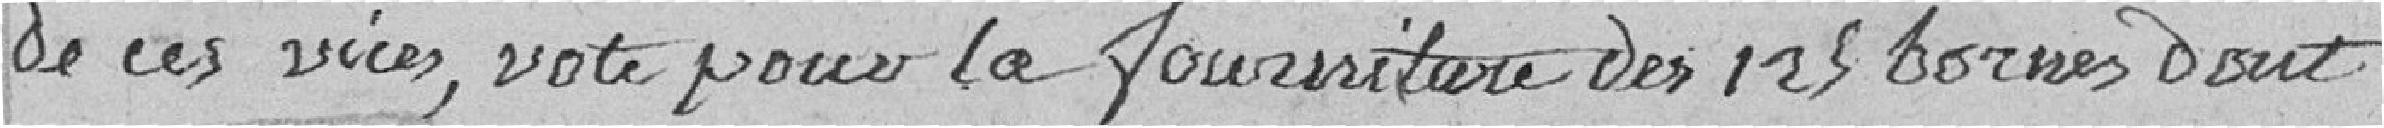
de ces vices, vote pour la fourniture des 125 bornes dont